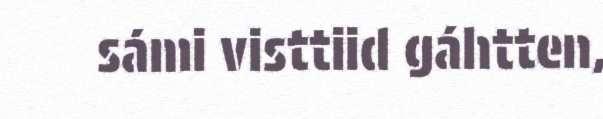
sámi visttiid gáhtten,